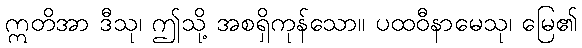
ဣတိအာ ဒီသု၊ ဤသို့ အစရှိကုန်သော။ ပထဝီနာမေသု၊ မြေ၏